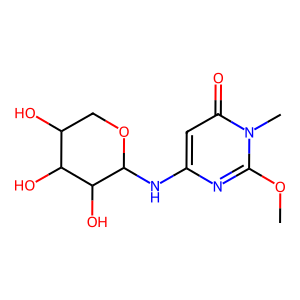
SMILES: COc1nc(NC2OCC(O)C(O)C2O)cc(=O)n1C
Inhibits HIV replication: No